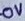
Text: 0V